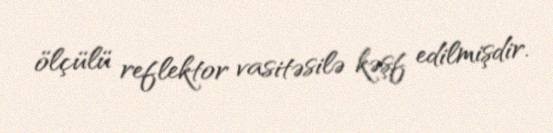
ölçülü reflektor vasitəsilə kəşf edilmişdir.